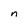
Character: n